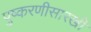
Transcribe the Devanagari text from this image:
पुष्करणीसारखी